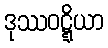
ဒုဿဝဋ္ဋိယာ